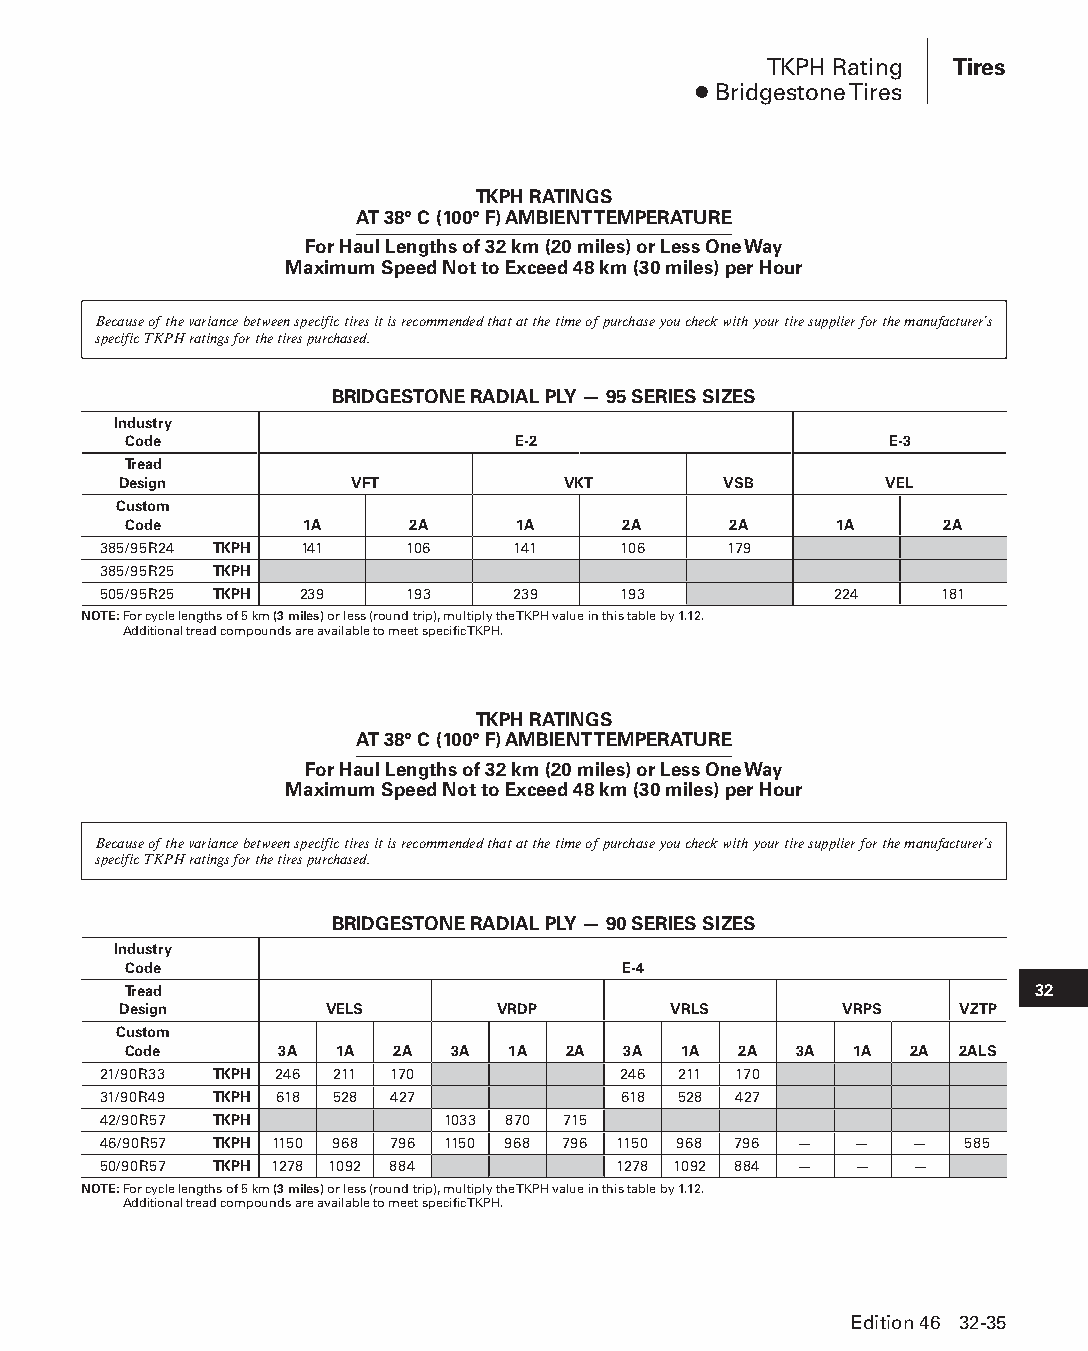
TKPH Rating Tires
 ● Bridgestone Tires
 TKPH RATINGS
 AT 38° C (100° F) AMBIENT TEMPERATURE
 For Haul Lengths of 32 km (20 miles) or Less One Way
 Maximum Speed Not to Exceed 48 km (30 miles) per Hour
 Because of the variance between specific tires it is recommended that at the time of purchase you check with your tire supplier for the manufacturer’s
 specific TKPH ratings for the tires purchased.
 BRIDGESTONE RADIAL PLY — 95 SERIES SIZES
 Industry
 Code                     E-2                      E-3
 Tread
 Design          VFT           VKT       VSB        VEL
 Custom
 Code       1A     2A      1A     2A     2A     1A     2A
 385/95R24 TKPH 141  106    141    106     179
 385/95R25 TKPH
 505/95R25 TKPH 239  193    239    193            224    181
 NOTE: For cycle lengths of 5 km (3 miles) or less (round trip), multiply the TKPH value in this table by 1.12.
 Additional tread compounds are available to meet specific TKPH.
 TKPH RATINGS
 AT 38° C (100° F) AMBIENT TEMPERATURE
 For Haul Lengths of 32 km (20 miles) or Less One Way
 Maximum Speed Not to Exceed 48 km (30 miles) per Hour
 Because of the variance between specific tires it is recommended that at the time of purchase you check with your tire supplier for the manufacturer’s
 specific TKPH ratings for the tires purchased.
 BRIDGESTONE RADIAL PLY — 90 SERIES SIZES
 Industry
 Code                             E-4
 Tread                                                       32
 Design        VELS       VRDP        VRLS       VRPS    VZTP
 Custom
 Code      3A  1A 2A  3A  1A  2A  3A 1A  2A  3A  1A  2A 2ALS
 21/90R33 TKPH 246 211 170         246 211 170
 31/90R49 TKPH 618 528 427         618 528 427
 42/90R57 TKPH          1033 870 715
 46/90R57 TKPH 1150 968 796 1150 968 796 1150 968 796 — — — 585
 50/90R57 TKPH 1278 1092 884       1278 1092 884 — —   —
 NOTE: For cycle lengths of 5 km (3 miles) or less (round trip), multiply the TKPH value in this table by 1.12.
 Additional tread compounds are available to meet specific TKPH.
 Edition 46 32-35
 PPHHBB--SSeecc3322--1166..iinndddd 3355                        1122//44//1155 1111::2244 AAMM